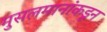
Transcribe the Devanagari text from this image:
मुसलमानांकडून